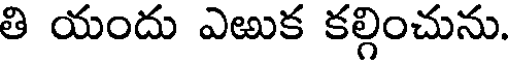
తి యందు ఎఱుక కల్గించును.